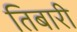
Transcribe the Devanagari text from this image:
तिबारी